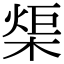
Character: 㮡